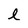
Character: l